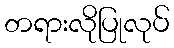
တရားလိုပြုလုပ်